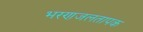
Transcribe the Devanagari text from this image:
भरणजलतापक